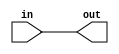
module IO_Buffer(
    input wire in,
    output reg out
);

assign out = in;

endmodule